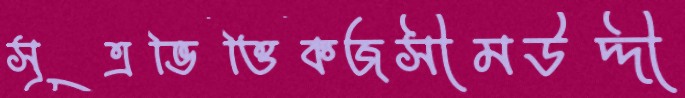
সূত্রভিত্তিকজসীমউদ্দী